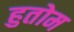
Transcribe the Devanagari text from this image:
हुतोम